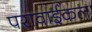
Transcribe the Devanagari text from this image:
परावाईकल